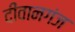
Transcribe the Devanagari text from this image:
दीवानगंज